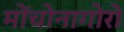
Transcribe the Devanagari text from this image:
मोंचोनागोरो